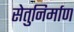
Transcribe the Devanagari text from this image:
सेतुनिर्माण